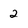
Character: 2